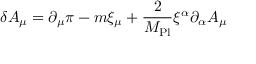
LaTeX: \delta A _ { \mu } = \partial _ { \mu } \pi - m \xi _ { \mu } + { \frac { 2 } { M _ { \mathrm { P l } } } } \xi ^ { \alpha } \partial _ { \alpha } A _ { \mu }